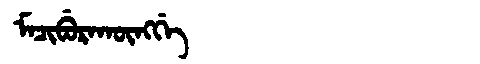
Manchu: ᠮᠠᠴᡳᠪᡠᡵᠠᡴᡡᠩᡤᡝ
Romanization: MACIBURAKŪNGGE